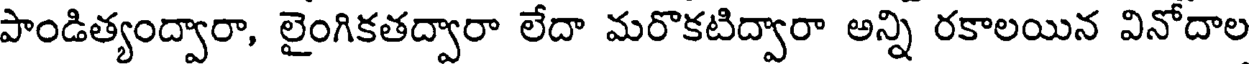
పాండిత్యంద్వారా, లైంగికతద్వారా లేదా మరొకటిద్వారా అన్ని రకాలయిన వినోదాల